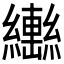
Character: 𱺍